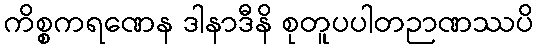
ကိစ္စကရဏေန ဒါနာဒီနိ စုတူပပါတဉာဏဿပိ